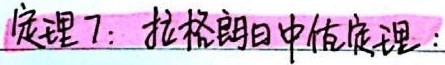
定理 7：拉格朗日中值定理：